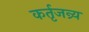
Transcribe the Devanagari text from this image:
कर्तृजन्र्य